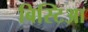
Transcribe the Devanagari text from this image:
बिस्टिआ